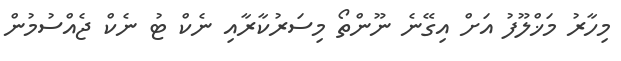
މިހާރު މަޚްލޫފު އަށް އިގޭނެ ނޫންތޯ މިސަރުކާރާއި ނެކް ޓު ނެކް ޖެއްސުމުން